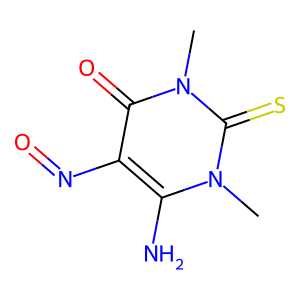
SMILES: Cn1c(N)c(N=O)c(=O)n(C)c1=S
Inhibits HIV replication: No